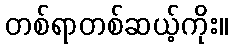
တစ်ရာတစ်ဆယ့်ကိုး။